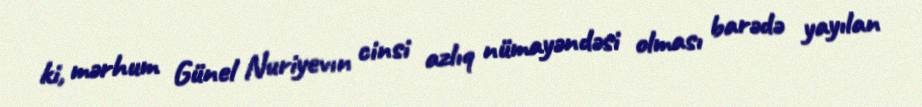
ki, mərhum Günel Nuriyevın cinsi azlıq nümayəndəsi olması barədə yayılan